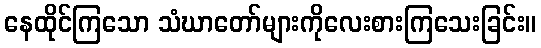
နေထိုင်ကြသော သံဃာတော်များကိုလေးစားကြသေးခြင်း။